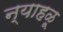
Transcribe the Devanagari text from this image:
न्याहळू